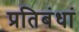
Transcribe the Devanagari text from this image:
प्रतिबंधां